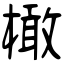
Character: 橄